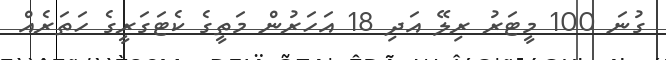
ގުނަ 100 މީޓަރު ރިލޭ އަދި 18 އަހަރުން މަތީގެ ކެޓަގަރީގެ ހަތަރެއް